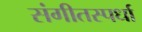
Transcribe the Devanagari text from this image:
संगीतस्पर्धा